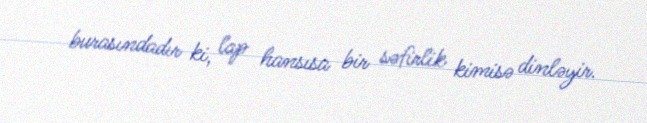
burasındadır ki, lap hansısa bir səfirlik kimisə dinləyir.